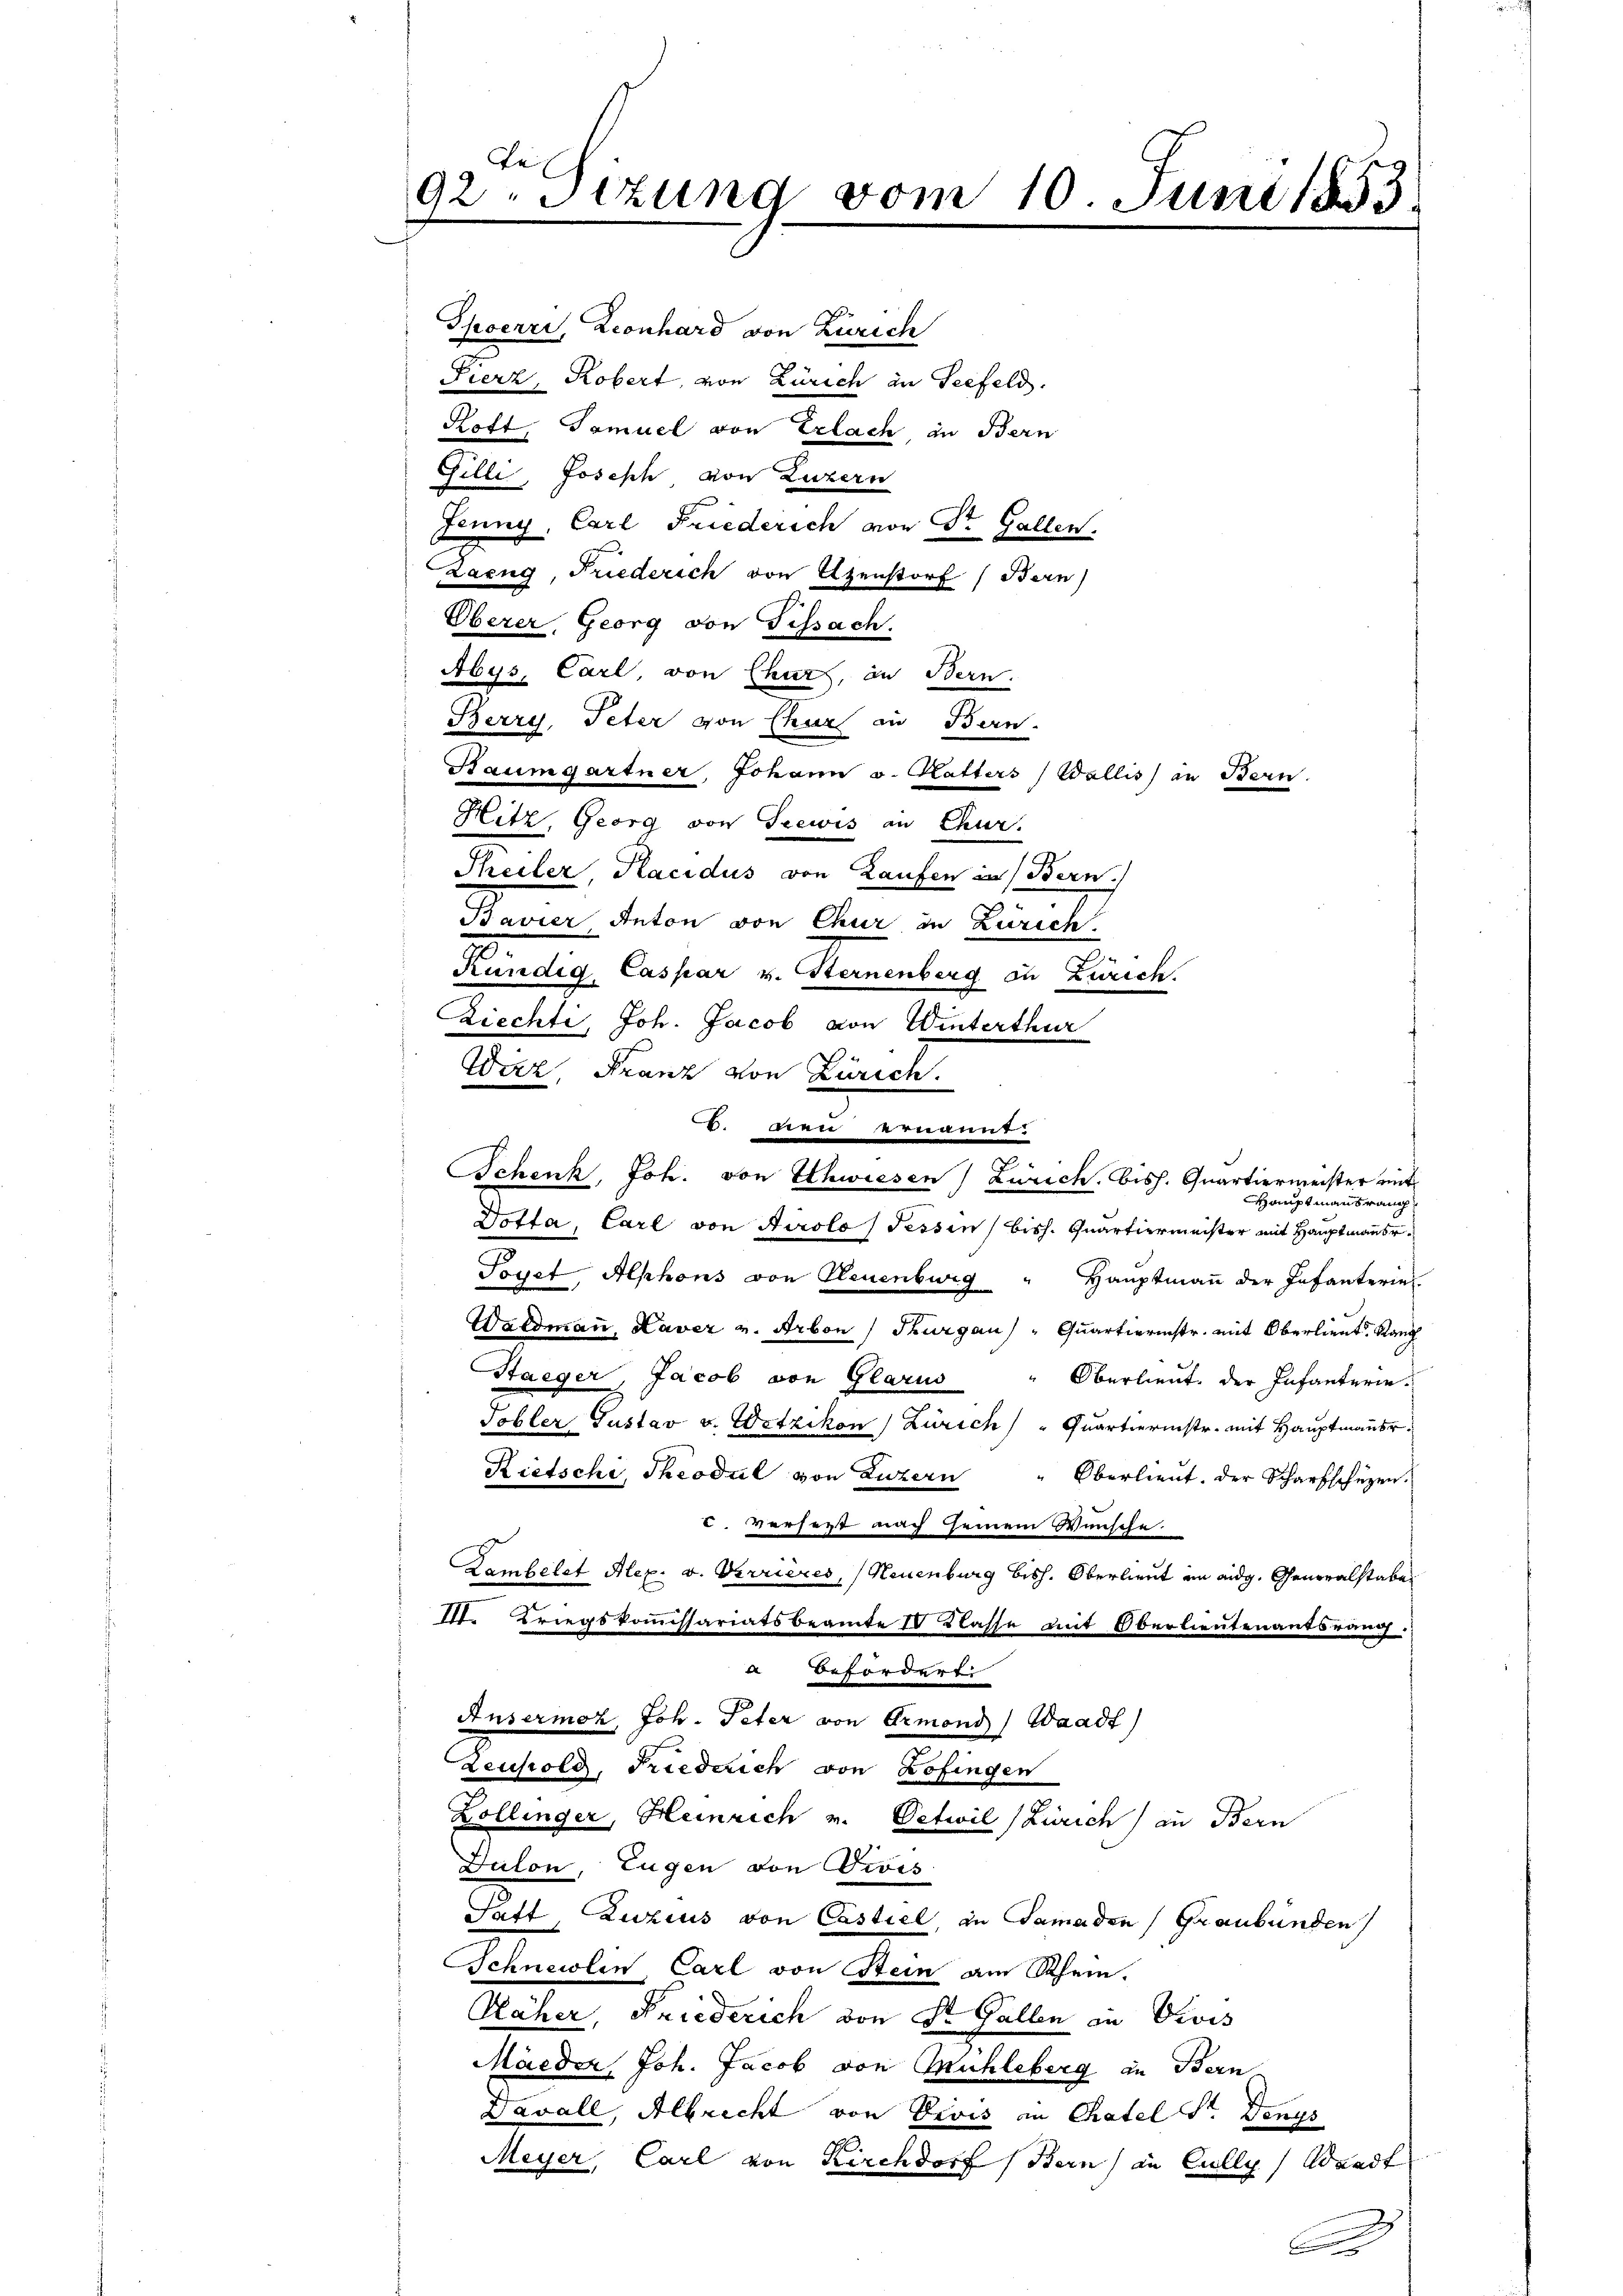
92. Sitzung vom 10. Juni 1853.

Thoerri, Leonhard von Zürich
Fierz, Robert, von Zürich an Seefeld.
Koft, Tamuel von Erlach, in Bern
Gilli, Joseph von Luzern
Jenny, Carl Friederich von Sr. Gallen.
Zazug, Friederich von Utenstorf (Bern)
Überer, Georg von Fehsach
Abys, Carl, von Chur, an Bern.
Berry, Peter von Chur in Bern.
Baumgartner, Johann v. Katters) Wallis) in Bern.
Hitz, Georg von Seewis an Chur,
Theiler, Placidus von Laufen in Bern.
Bavier Anton von Chur in Zürich
Kündig Caspar v. Sternenberg in Zürich.
Ziechti, Joh. Jacob von Winterthur
Wirz Franz von Zürich.
6. Den ernannt.
.
Schenk, Joh. von Schwiesen) Zürich, bish. Quartiermeister mit
Dotta, Carl von Airolo Tessin, bish. Quartiermeister mit Hauptmauer¬
Toyet Alphons von Neuenburg
Hauptmann der Infanteriel
Waldmann, Laver v. Arbon / Thurgau) " Quartierinstr. mit Oberlieut. Stang
Staeger, Jacob von Glarus " Oberlieŭt. der Infanterie-
Tobler Gustav v. Wetzikon) Zürich) " Quartierinstr. mit Hauptmauer.
Rietschi, Theodul von Luzern
Oberlieut. Der Scharfschüzen.
u. verseit nach semein Wünsche.
Kombelst Alex. v. Verrieres, Neuenburg bish. Oberlieut im eidg. Generalstabe
II. Kriegskommissariatsbeamte 1 Klasse mit Oberlieutenantsrauch
a befördert.
Ausermoz, Joh. Peter von Ormond Waadt)
Zeuhold, Friederich von Zofingen
Zollinger, Heinrich v. Oetwil (Zürich) an Bern
Dalon, Eugen von Divis
Patt Zuzius von Castiel in Samaden Graubünden
Schnelen Carl von Mein am Schein.
Näher, Friederich von Sr. Gallen an Divis
Maeder Joh. Jacob von Mühleberg in Bern
Davall, Albrecht von Divis in Thatel Sr. Denzs
Meyer, Carl von Kirchdorf (Bern in Cully, Waadt

HHauptmannsrang

.